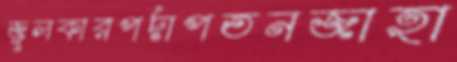
জুলকারপর্দাপতনজাহা